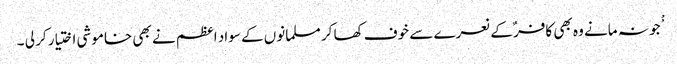
ْْجو نہ مانے وہ بھی کافر ٌکے نعرے سے خوف کھا کر مسلمانوں کے سواد اعظم نے بھی خاموشی اختیار کر لی ۔